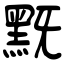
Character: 黖